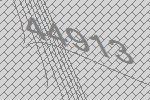
44913